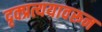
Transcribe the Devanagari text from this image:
दृक्प्रत्ययावरून